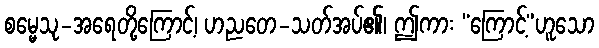
စမ္မေသု-အရေတို့ကြောင့်၊ ဟညတေ-သတ်အပ်၏၊ ဤကား “ကြောင့်”ဟူသော